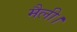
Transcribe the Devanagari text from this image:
मैली।